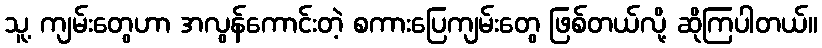
သူ့ ကျမ်းတွေဟာ အလွန်ကောင်းတဲ့ စကားပြေကျမ်းတွေ ဖြစ်တယ်လို့ ဆိုကြပါတယ်။